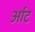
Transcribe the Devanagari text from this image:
र्आट